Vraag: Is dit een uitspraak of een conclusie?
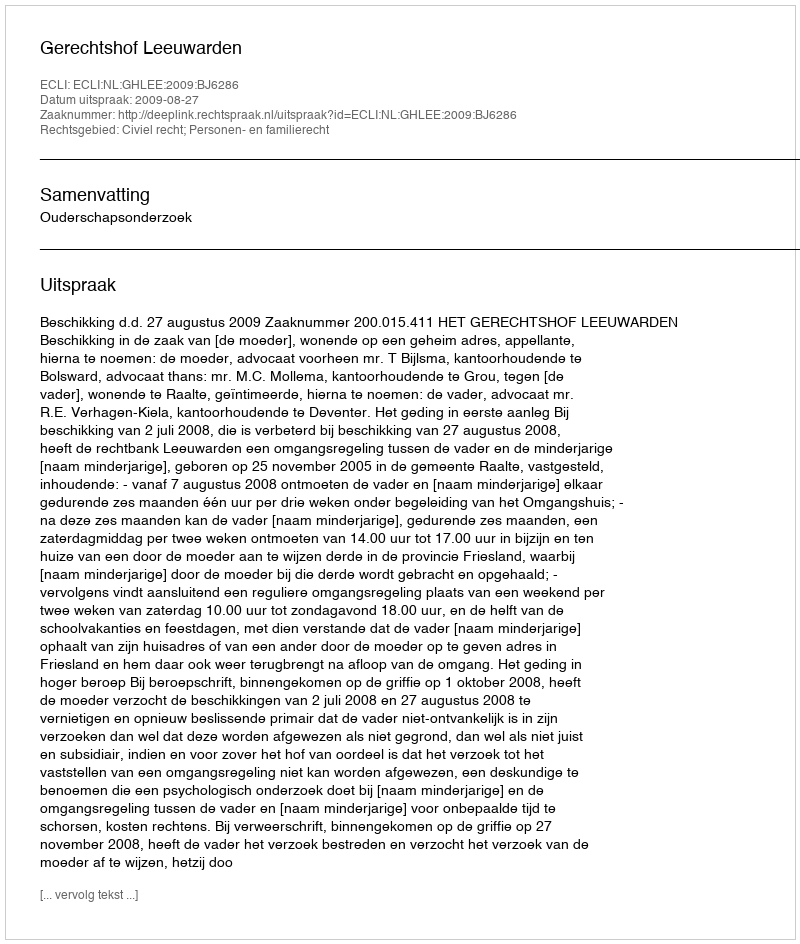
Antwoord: Uitspraak